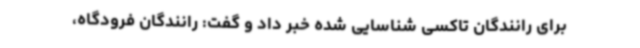
برای رانندگان تاکسی شناسایی شده خبر داد و گفت: رانندگان فرودگاه،